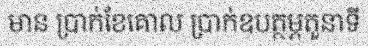
មាន ប្រាក់ខែគោល ប្រាក់ឧបត្ថម្ភតួនាទី